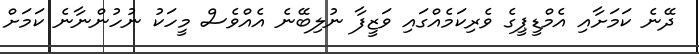
ދޭނެ ކަމަށާއި އެމްޑީޕީގެ ވެރިކަމެއްގައި ވަޒީފާ ނުލިބޭނެ އެއްވެސް މީހަކު ނުހުންނާނެ ކަމަށް